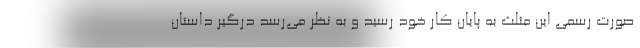
صورت رسمی این مثلث به پایان کار خود رسید و به نظر می‌رسد درگیر داستان